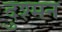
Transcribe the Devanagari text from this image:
दुश्‍मन